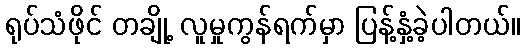
ရုပ်သံဖိုင် တချို့ လူမှုကွန်ရက်မှာ ပြန့်နှံ့ခဲ့ပါတယ်။